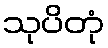
သုပိတုံ